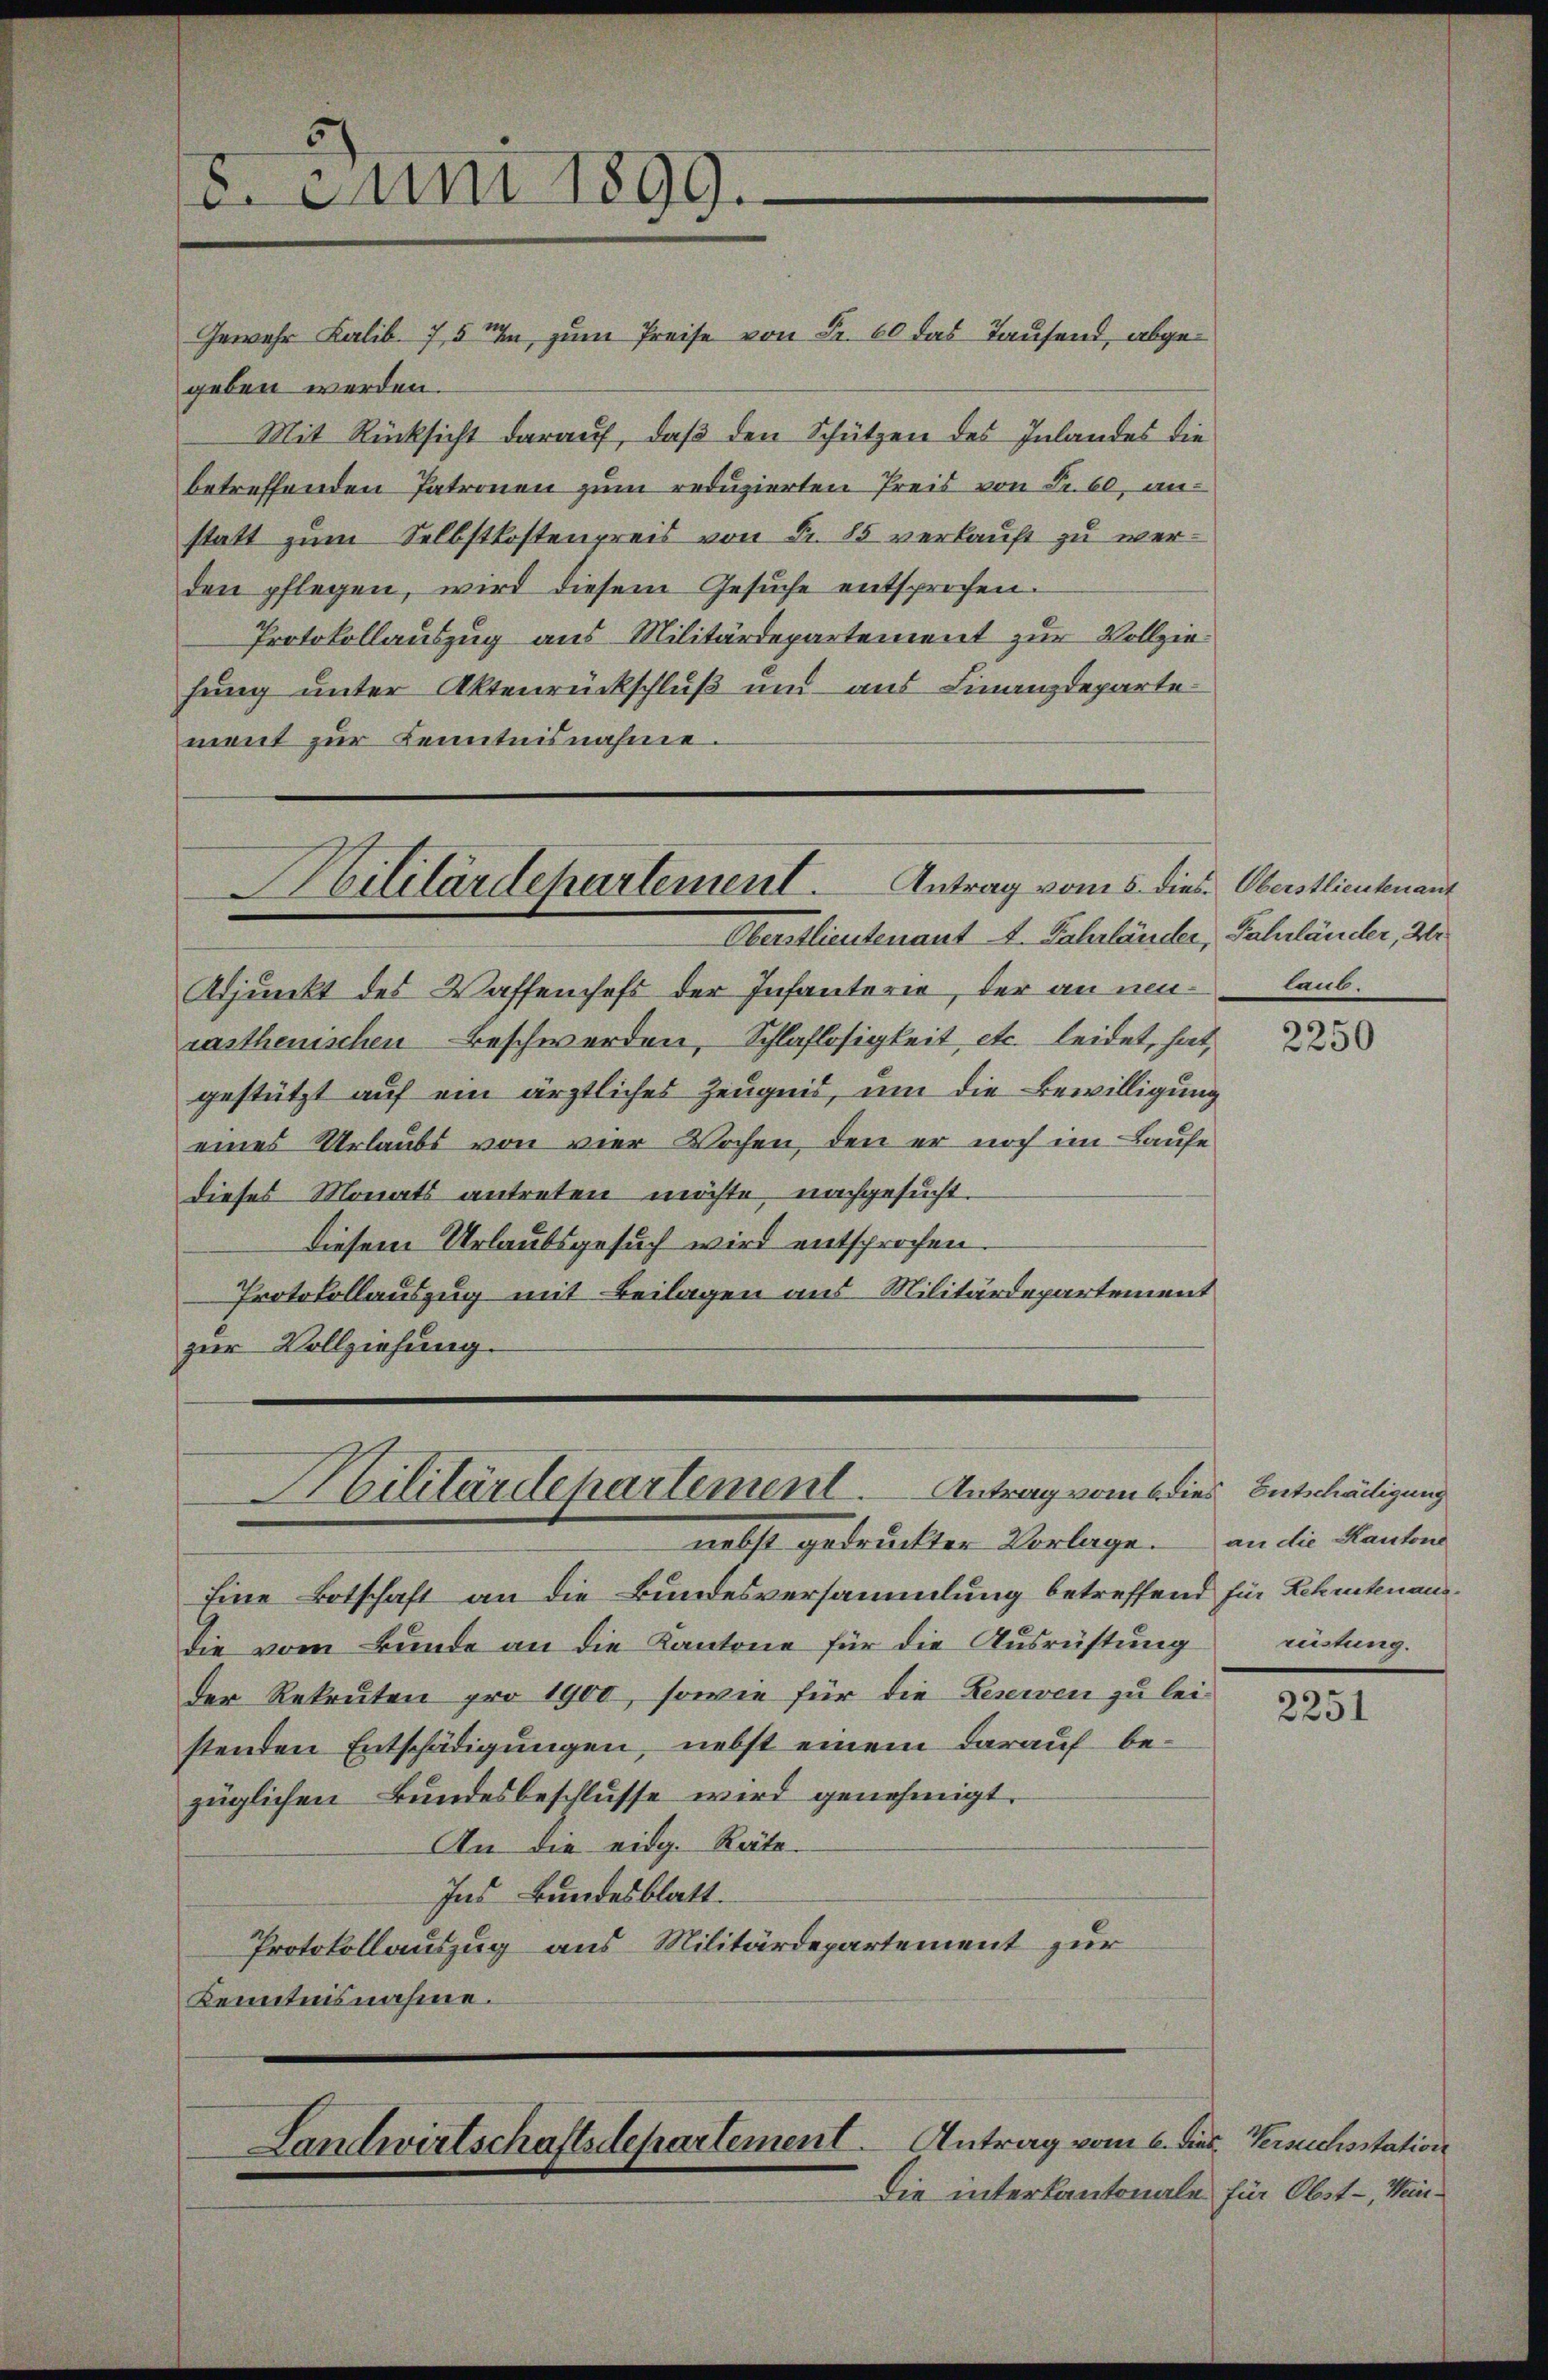
15. Juni 1899.

Adjunkt des Waffenheft der Infanterie, der annen laub.
rasthenischen Beschwerden, Schlaflosigkeit etc. leidet, hat,
gestützt auf ein ärztliches Zeugnis, um die Bewilligung
eines Urlaubt von vier Wochen, den er noch im Laufe
dieses Monats antreten möchte, nachgesucht.
diesem Urlaubsgesuch wird entsprochen.
Protokollauszug mit Beilagen aus Militärdepartement
zur Vollziehung.

Gewehr Lalib. 757 zum Preise von Fr. 60 das Tausend, abgegeben werden.
Mit Rücksicht darauf, daß den Schützen des Inlandes die
betreffenden Patronen zum reduzierten Preis von Fr. 60, anstatt zum Selbstkostenpreis von Fr. 85 verkauft zu werden pflegen, wird diesem Gesŭche entsprochen.
Protokollauszug aus Militärdepartement zur Vollziehung unter Aktenrückschluß und aus Finanzdeparte
ment zur Kenntnisnahme

Militärdepartement. Antrag vom 5. dies Oberstlieutenant
Oberstlieutenant 4. Fahrländer, Fahrländer, 2

Kilitärdepartement. Antrag vom 6 dies Entschädigung

Landwirtschaftsdepartement. Antrag vom 6. dies Versuchsstation

Die interkantonale für Obst-, Wein¬

nebst gedruckten Vorlage.
Eine Botschaft an die Bundesversammlung betreffend für Lehrtenaus¬
Die vom Bunde an die Kantone für die Ausrüstung
der Rekruten pro 1900, sowie für die Reserven zu leistenden Entschädigungen, nebst einem darauf bezüglichen Bundesbeschlusse wird genehmigt.
An die eidg. Räte.
Ins Bundesblatt.
Protokollauszug aus Militärdepartement zur
Kenntnisnahme.

2250

an die Kantons
rüstung.

2251